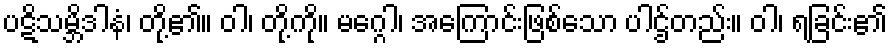
ပဋိသမ္ဘိဒါနံ၊ တို့၏။ ဝါ၊ တို့ကို။ မဂ္ဂေါ၊ အကြောင်းဖြစ်သော ပါဌ်တည်း။ ဝါ၊ ရခြင်း၏